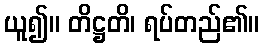
ယူ၍။ တိဋ္ဌတိ၊ ရပ်တည်၏။